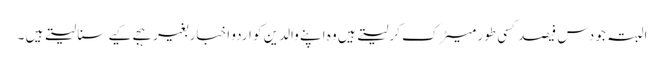
البتہ جو دس فیصد کسی طور میٹرک کرلیتے ہیں وہ اپنے والدین کو اردو اخبار بغیر ہجے کیے سنا لیتے ہیں ۔